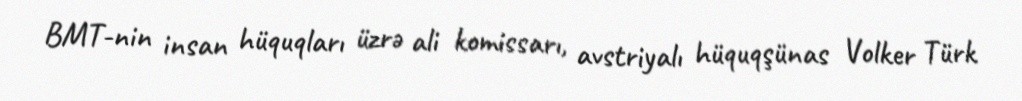
BMT-nin insan hüquqları üzrə ali komissarı, avstriyalı hüquqşünas Volker Türk